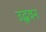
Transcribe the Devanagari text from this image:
उद्धवन